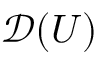
{ \mathcal { D } } ( U )